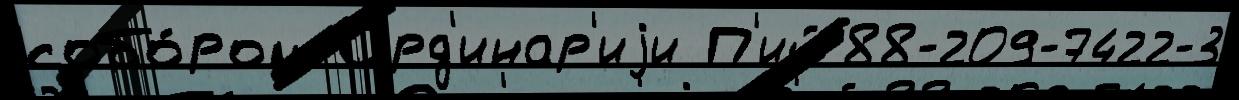
собо́ром Орд'инар'иjи П'ий 88-209-7422-3